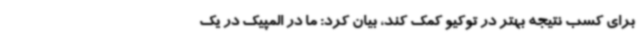
برای کسب نتیجه بهتر در توکیو کمک کند، بیان کرد: ما در المپیک در یک